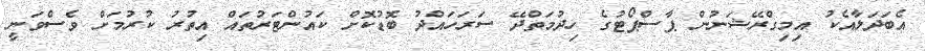
އެބަދަލާއެކު އިމިގްރޭޝަނުން ޕާސްޕޯޓުގެ ހިދުމަތްދޭ ސަރަހައްދު ބޮޑުކޮށް ކައުންޓަރުތައް އިތުރު ކުރުމަށް ވެސްވަނީ